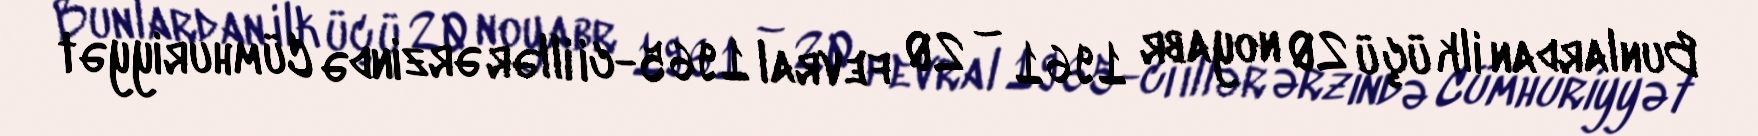
Bunlardan ilk üçü 20 noyabr 1961 – 20 fevral 1965-ci illər ərzində Cümhuriyyət